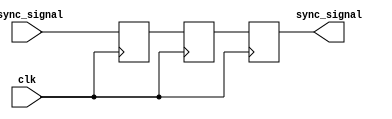
module dual_ff_synchronizer #(
    parameter WIDTH = 1 // Width of the input signal
)(
    input  wire [WIDTH-1:0] async_signal, // Asynchronous input signal
    input  wire clk,                     // Destination clock
    output reg  [WIDTH-1:0] sync_signal   // Synchronized output signal
);

    // Two flip-flops for synchronizing the input signal
    reg [WIDTH-1:0] ff1, ff2; // Intermediate registers for flip-flops

    always @(posedge clk) begin
        ff1 <= async_signal;  // First flip-flop samples the async signal
        ff2 <= ff1;           // Second flip-flop samples the output of the first
    end

    // Output the synchronized signal from the second flip-flop
    always @(posedge clk) begin
        sync_signal <= ff2;   // Output the synchronized signal
    end

endmodule